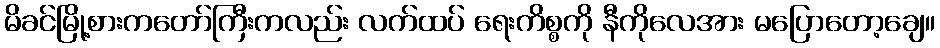
မိခင်မြို့စားကတော်ကြီးကလည်း လက်ထပ် ရေးကိစ္စကို နီကိုလေအား မပြောတော့ချေ။